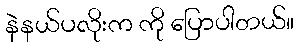
နဲနယ်ပလိုးက ကို ပြောပါတယ်။